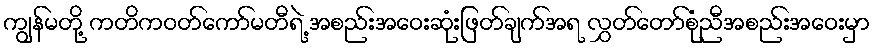
ကျွန်မတို့ ကတိကဝတ်ကော်မတီရဲ့ အစည်းအဝေးဆုံးဖြတ်ချက်အရ လွှတ်တော်စုံညီအစည်းအဝေးမှာ